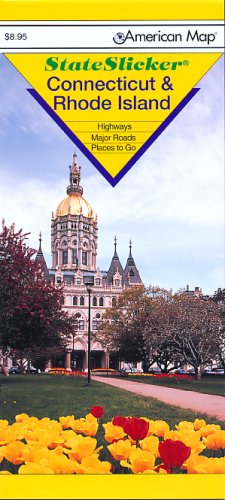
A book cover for American Map State Slicker Connecticut & Rhode Island; Travel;